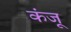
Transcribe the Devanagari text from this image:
कंजू